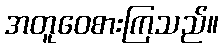
အတူဝေစားကြသည်။